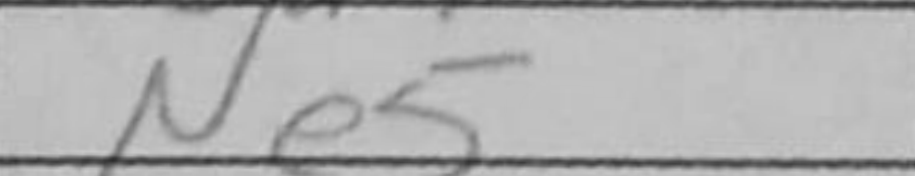
Transcription: Ne5